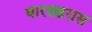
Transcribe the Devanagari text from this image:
धारशहरास